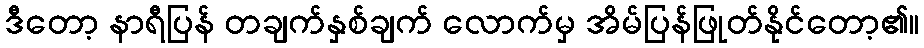
ဒီတော့ နာရီပြန် တချက်နှစ်ချက် လောက်မှ အိမ်ပြန်ဖြုတ်နိုင်တော့၏။